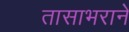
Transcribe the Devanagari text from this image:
तासाभराने